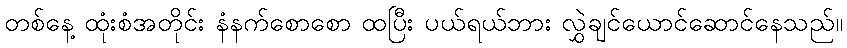
တစ်နေ့ ထုံးစံအတိုင်း နံနက်စောစော ထပြီး ပယ်ရယ်ဘား လွှဲချင်ယောင်ဆောင်နေသည်။